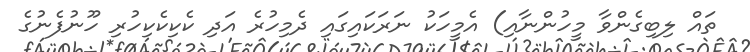
ތައް ލިބިގެންވާ މީހުންނާއި) އެމީހަކު ނަރަކައިގައި ދެމިހުރެ އަދި ކެކިކެކިހުރި ހޫނުފެނުގެ